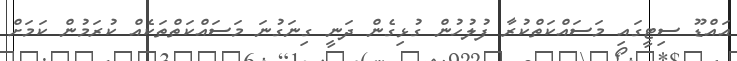
އައްޑޫ ސިޓީގައި މަސައްކަތްކުރާ ފުލުހުން ގުޅިގެން ދަނީ ގިނަގުނަ މަސައްކަތްތަކެއް ކުރަމުން ކަމަށް